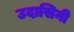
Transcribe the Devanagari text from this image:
उदासिनी